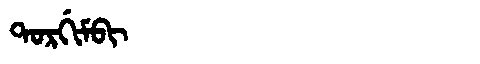
Manchu: ᡨᠣᡵᡤᡳᠮᠪᡳ
Romanization: TORGIMBI